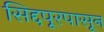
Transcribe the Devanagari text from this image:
सिद्दपूरपासून